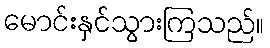
မောင်းနှင်သွားကြသည်။